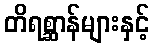
တိရစ္ဆာန်များနှင့်